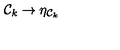
{ \cal { C } } _ { k } \to \eta _ { { \cal { C } } _ { k } }